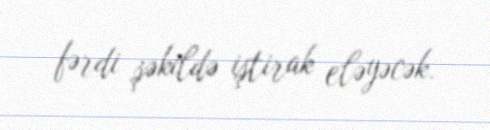
fərdi şəkildə iştirak eləyəcək.